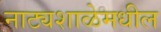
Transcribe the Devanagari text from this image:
नाट्यशाळेमधील